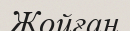
Жойған